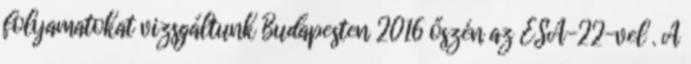
folyamatokat vizsgáltunk Budapesten 2016 őszén az ESA-22-vel . A